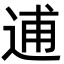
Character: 逋